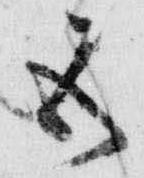
五